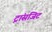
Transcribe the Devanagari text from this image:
ट्रांसजिट